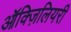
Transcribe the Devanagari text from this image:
ऑक्ज़िलियरी